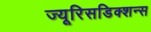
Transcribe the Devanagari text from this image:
ज्यूरिसडिक्शन्स